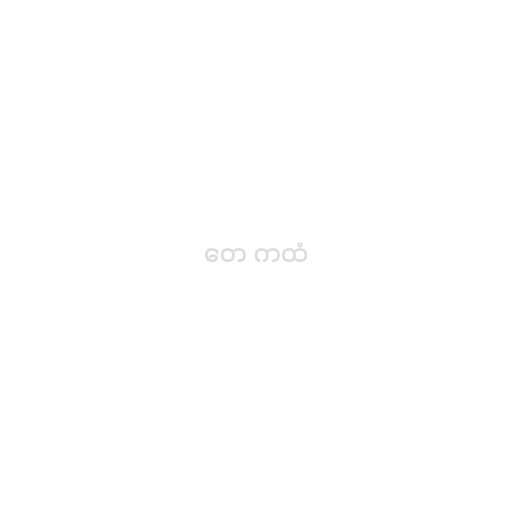
တေ ကထံ